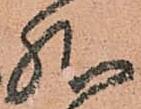
然